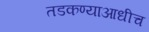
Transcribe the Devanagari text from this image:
तडकण्याआधीच